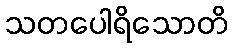
သတပေါရိသောတိ